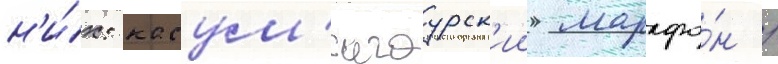
н'и́х: касум'игаурск'ии марафо́н /